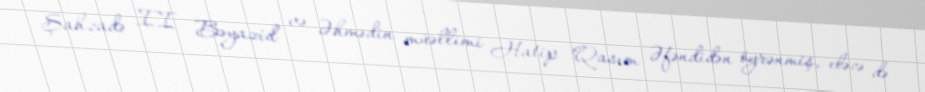
Şahzadə II Bəyazid və Əhmədin müəllimi Hatip Qasım Əfəndidən öyrənmiş, eləcə də